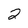
Character: 2